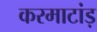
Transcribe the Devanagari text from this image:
करमाटांड़